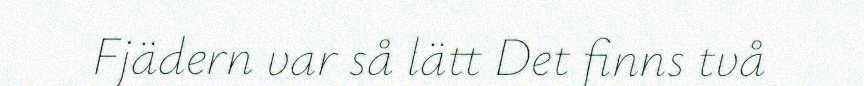
Fjädern var så lätt Det finns två